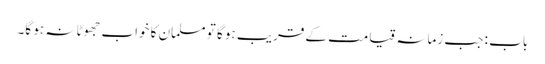
باب : جب زمانہ قیامت کے قریب ہو گا تو مسلمان کا خواب جھوٹا نہ ہو گا۔